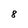
Character: 8